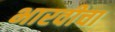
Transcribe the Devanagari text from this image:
भारवीचा